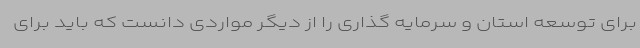
برای توسعه استان و سرمایه گذاری را از دیگر مواردی دانست که باید برای